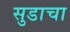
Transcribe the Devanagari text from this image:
सुडाचा